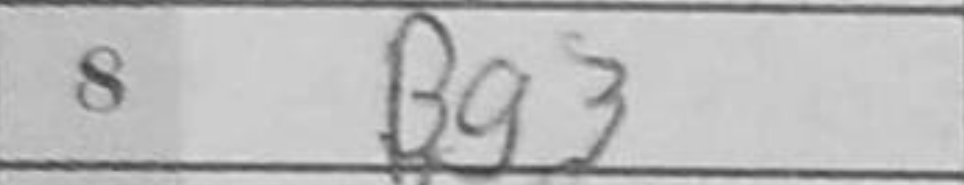
Transcription: Bg3